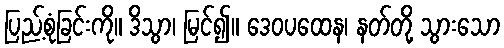
ပြည့်စုံခြင်းကို။ ဒိသွာ၊ မြင်၍။ ဒေဝပထေန၊ နတ်တို့ သွားသော